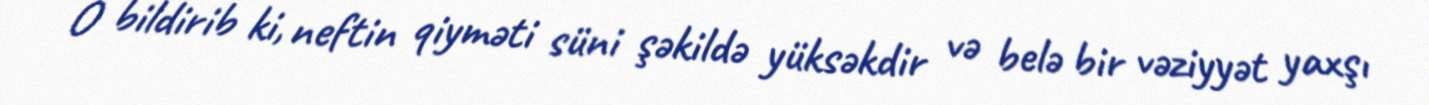
O bildirib ki, neftin qiyməti süni şəkildə yüksəkdir və belə bir vəziyyət yaxşı